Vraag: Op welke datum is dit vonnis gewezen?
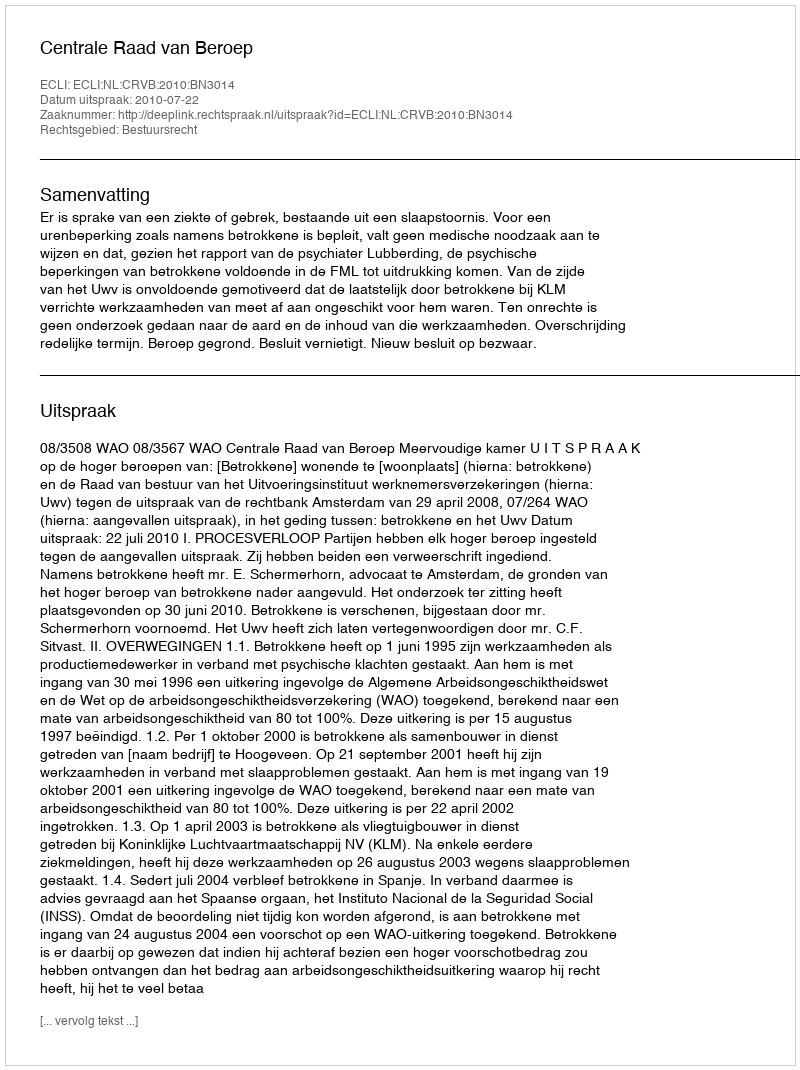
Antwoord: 2010-07-22